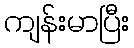
ကျန်းမာပြီး